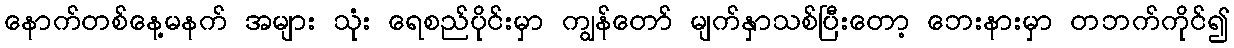
နောက်တစ်နေ့မနက် အများ သုံး ရေစည်ပိုင်းမှာ ကျွန်တော် မျက်နှာသစ်ပြီးတော့ ဘေးနားမှာ တဘက်ကိုင်၍